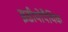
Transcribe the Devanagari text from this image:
इडीयोपैथिक